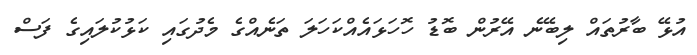
އުޅޭ ބާރުތައް ލިބޭނެ އޭރުން ބޮޑު ހޮހަޅައެއްކަހަލަ ތަނެއްގެ މެދުގައި ކަޅުކުލައިގެ ފަސް